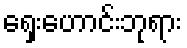
ရှေးဟောင်းဘုရား